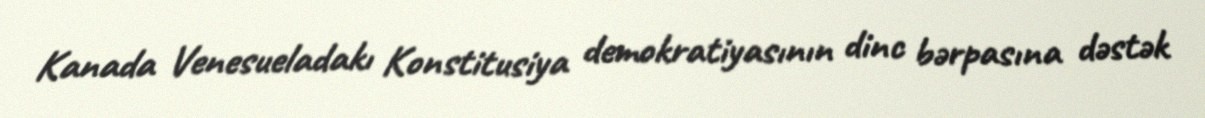
Kanada Venesueladakı Konstitusiya demokratiyasının dinc bərpasına dəstək